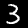
Label: 3